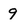
Character: 9